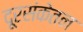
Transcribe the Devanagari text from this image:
दूरसंकेतन